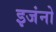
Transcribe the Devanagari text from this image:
इजंनो